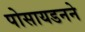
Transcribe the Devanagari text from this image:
पोसायडनने